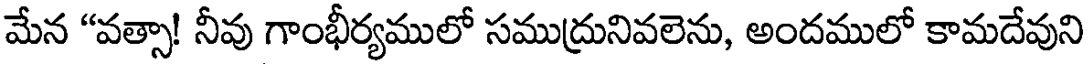
మేన "వత్సా! నీవు గాంభీర్యములో సముద్రునివలెను, అందములో కామదేవుని